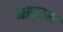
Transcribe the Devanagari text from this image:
बाड्ला